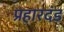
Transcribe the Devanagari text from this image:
प्रहारदंड